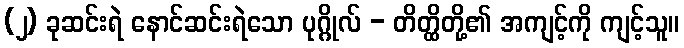
(၂) ခုဆင်းရဲ နောင်ဆင်းရဲသော ပုဂ္ဂိုလ် - တိတ္ထိတို့၏ အကျင့်ကို ကျင့်သူ။